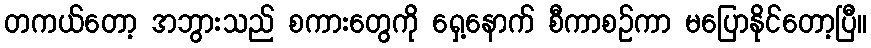
တကယ်တော့ အဘွားသည် စကားတွေကို ရှေ့နောက် စီကာစဉ်ကာ မပြောနိုင်တော့ပြီ။